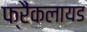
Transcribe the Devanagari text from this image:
फ्रैंकलायड